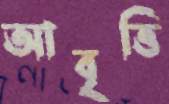
আবৃত্তি